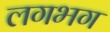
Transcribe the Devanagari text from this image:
लगभ्‍ाग